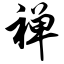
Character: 禅